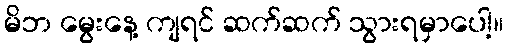
မိဘ မွေးနေ့ ကျရင် ဆက်ဆက် သွားရမှာပေါ့။